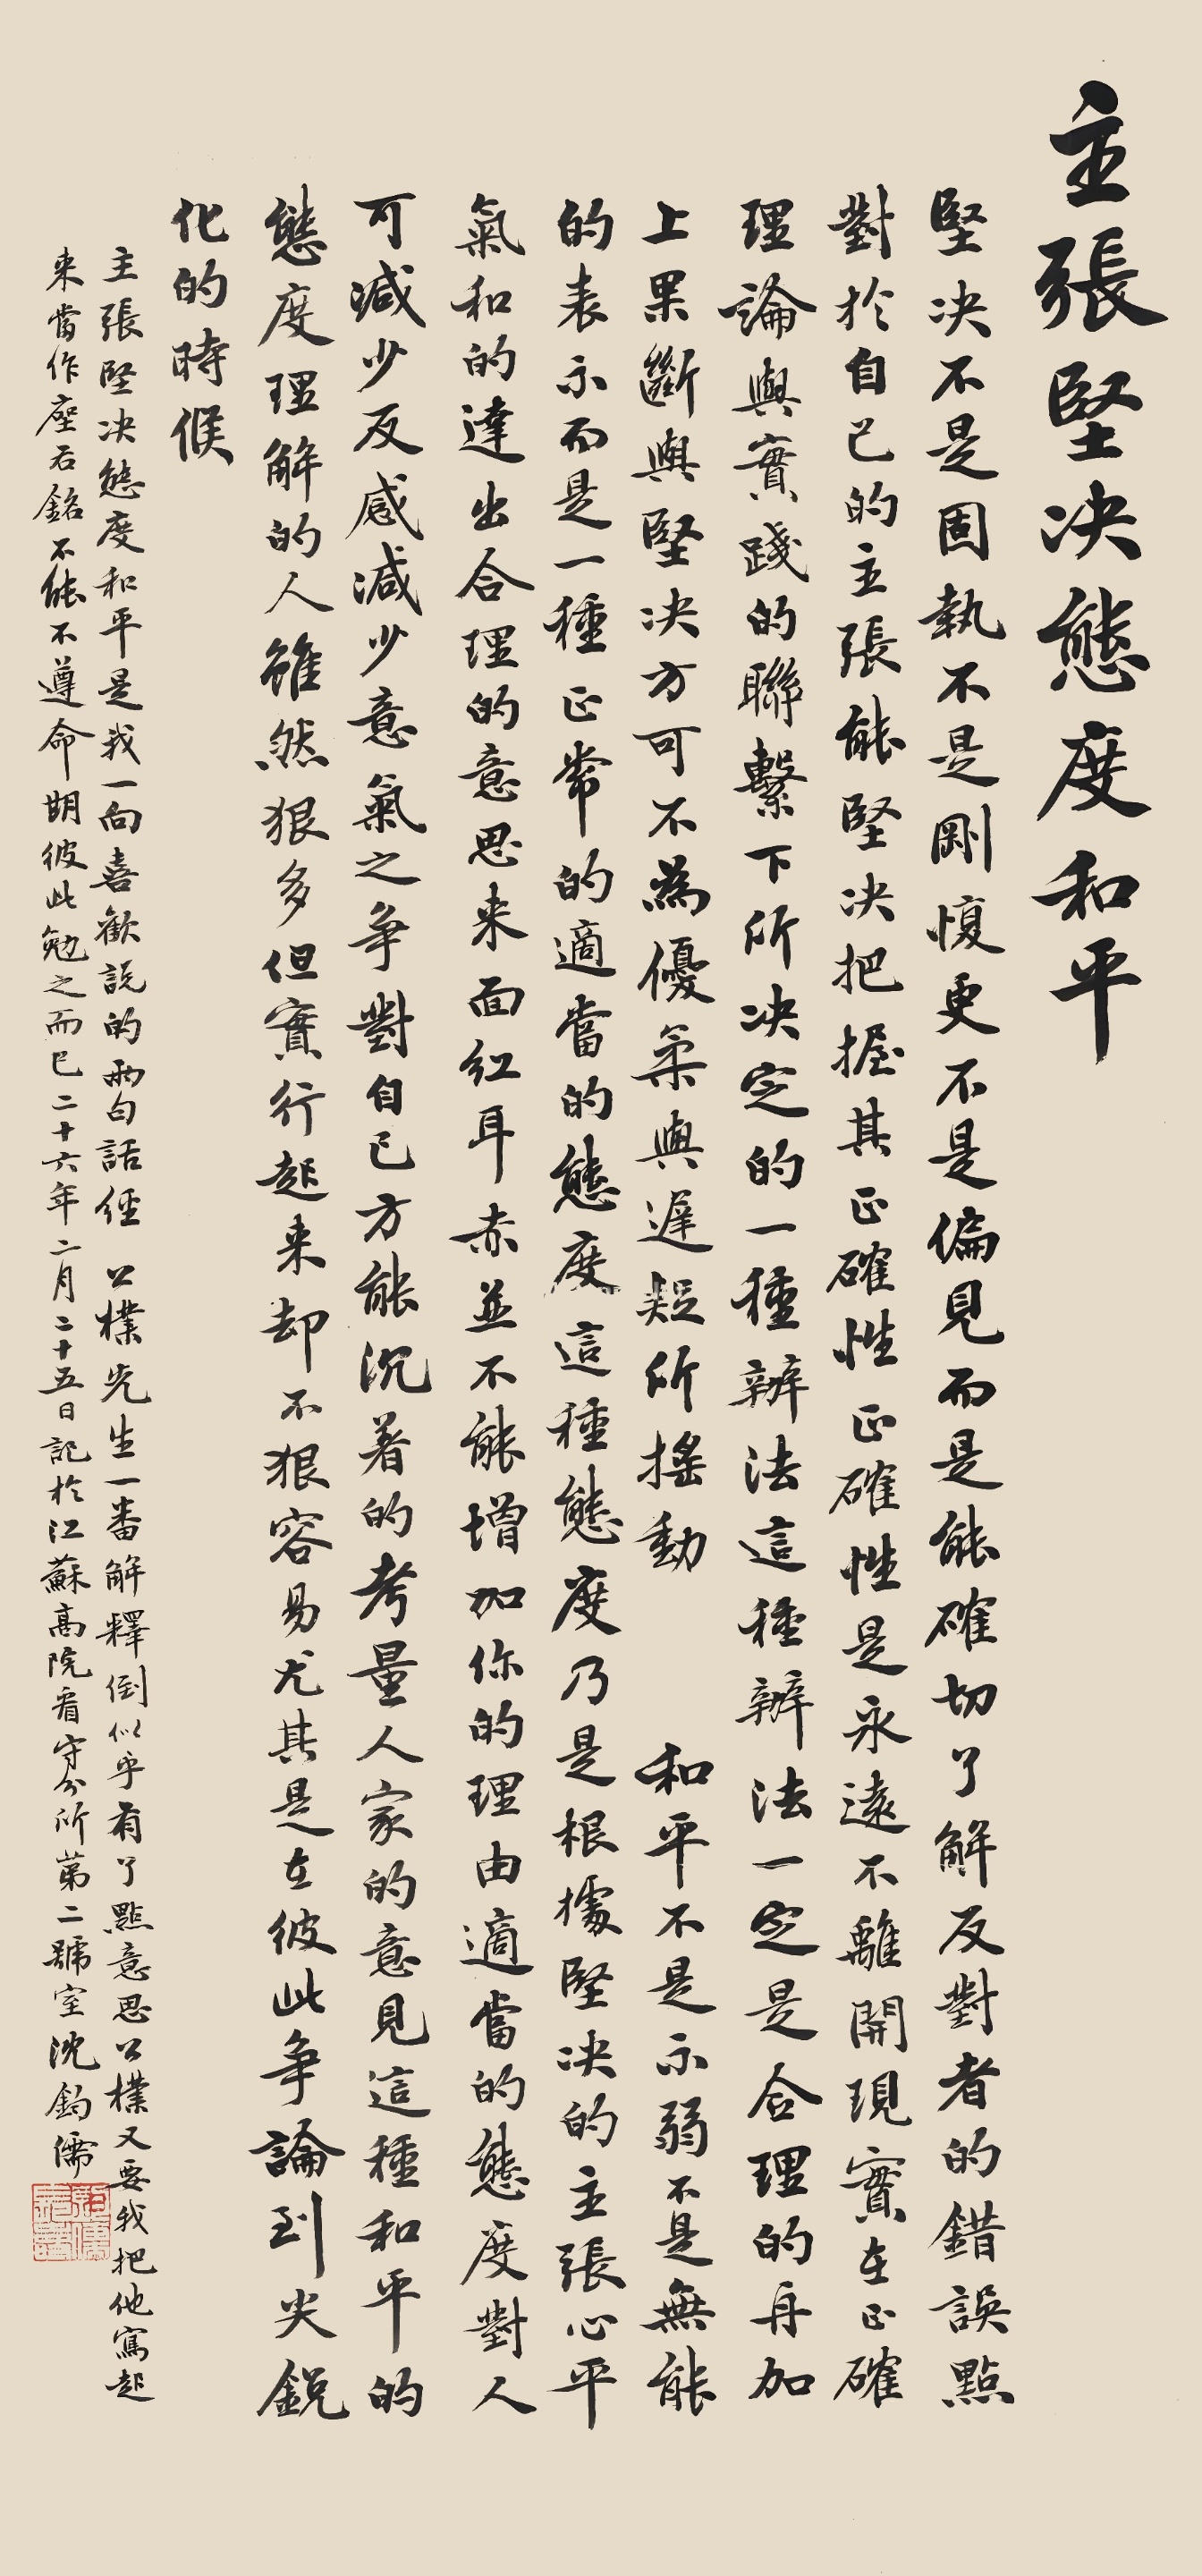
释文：主张坚决态度和平。坚决，不是固执，不是刚愎，更不是偏见，而是能确切了解反对者的错误点。对于自己的主张能坚决把握其正确性。是永远不离开现实，在正确理论与实践的联系下所决定的一种办法。这种办法一定是合理的，再加上果断与坚决方可不为优柔与迟疑所摇动。和平，不是示弱，不是无能的表示，而是一种正常的适当的态度，这种态度乃是根据坚决的主张心平气和的达出合理的意思来，面红耳赤并不能增加你的理由。适当的态度对人可减少反感，减少意气之争，对自己方能沉着的考量人家的意见，这种和平的态度理解的人虽然狠多，但实行起来却不狠容易。尤其是在彼此争论到尖锐化的时候。主张坚决态度和平是我一向喜欢说的两句话经。公朴先生一番解释，倒似乎有了点意思，公朴又要我把他写起当作座右铭，不能不遵命，期彼此勉之而已。二十六年二月二十五日记于江苏高院看守分所第二号室，沈钧儒。